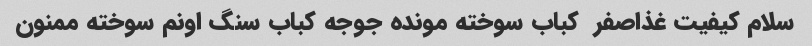
سلام کیفیت غذاصفر  کباب سوخته مونده جوجه کباب سنگ اونم سوخته ممنون